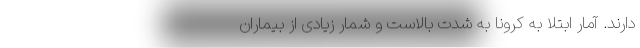
دارند. آمار ابتلا به کرونا به شدت بالاست و شمار زیادی از بیماران